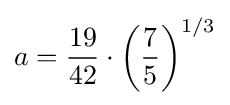
a={\frac {19}{42}}\cdot {\bigg (}{\frac {7}{5}}{\bigg )}^{1/3}